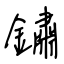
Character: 鏽